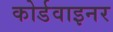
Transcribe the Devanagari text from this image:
कोर्डवाइनर